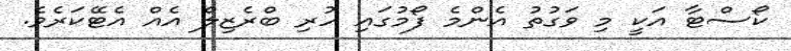
ކޯސްޓާ އަކީ މި ވަގުތު އެންމެ ފޯމުގައި ހުރި ބްރެޒިލް އެއް އެޓޭކަރެވެ.